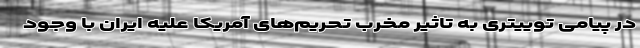
در پیامی توییتری به تاثیر مخرب تحریم‌های آمریکا علیه ایران با وجود